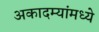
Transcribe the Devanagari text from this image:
अकादम्यांमध्ये